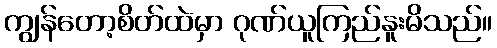
ကျွန်တော့စိတ်ထဲမှာ ဂုဏ်ယူကြည်နူးမိသည်။